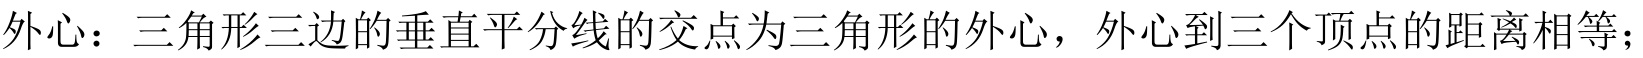
外心：三角形三边的垂直平分线的交点为三角形的外心，外心到三个顶点的距离相等；